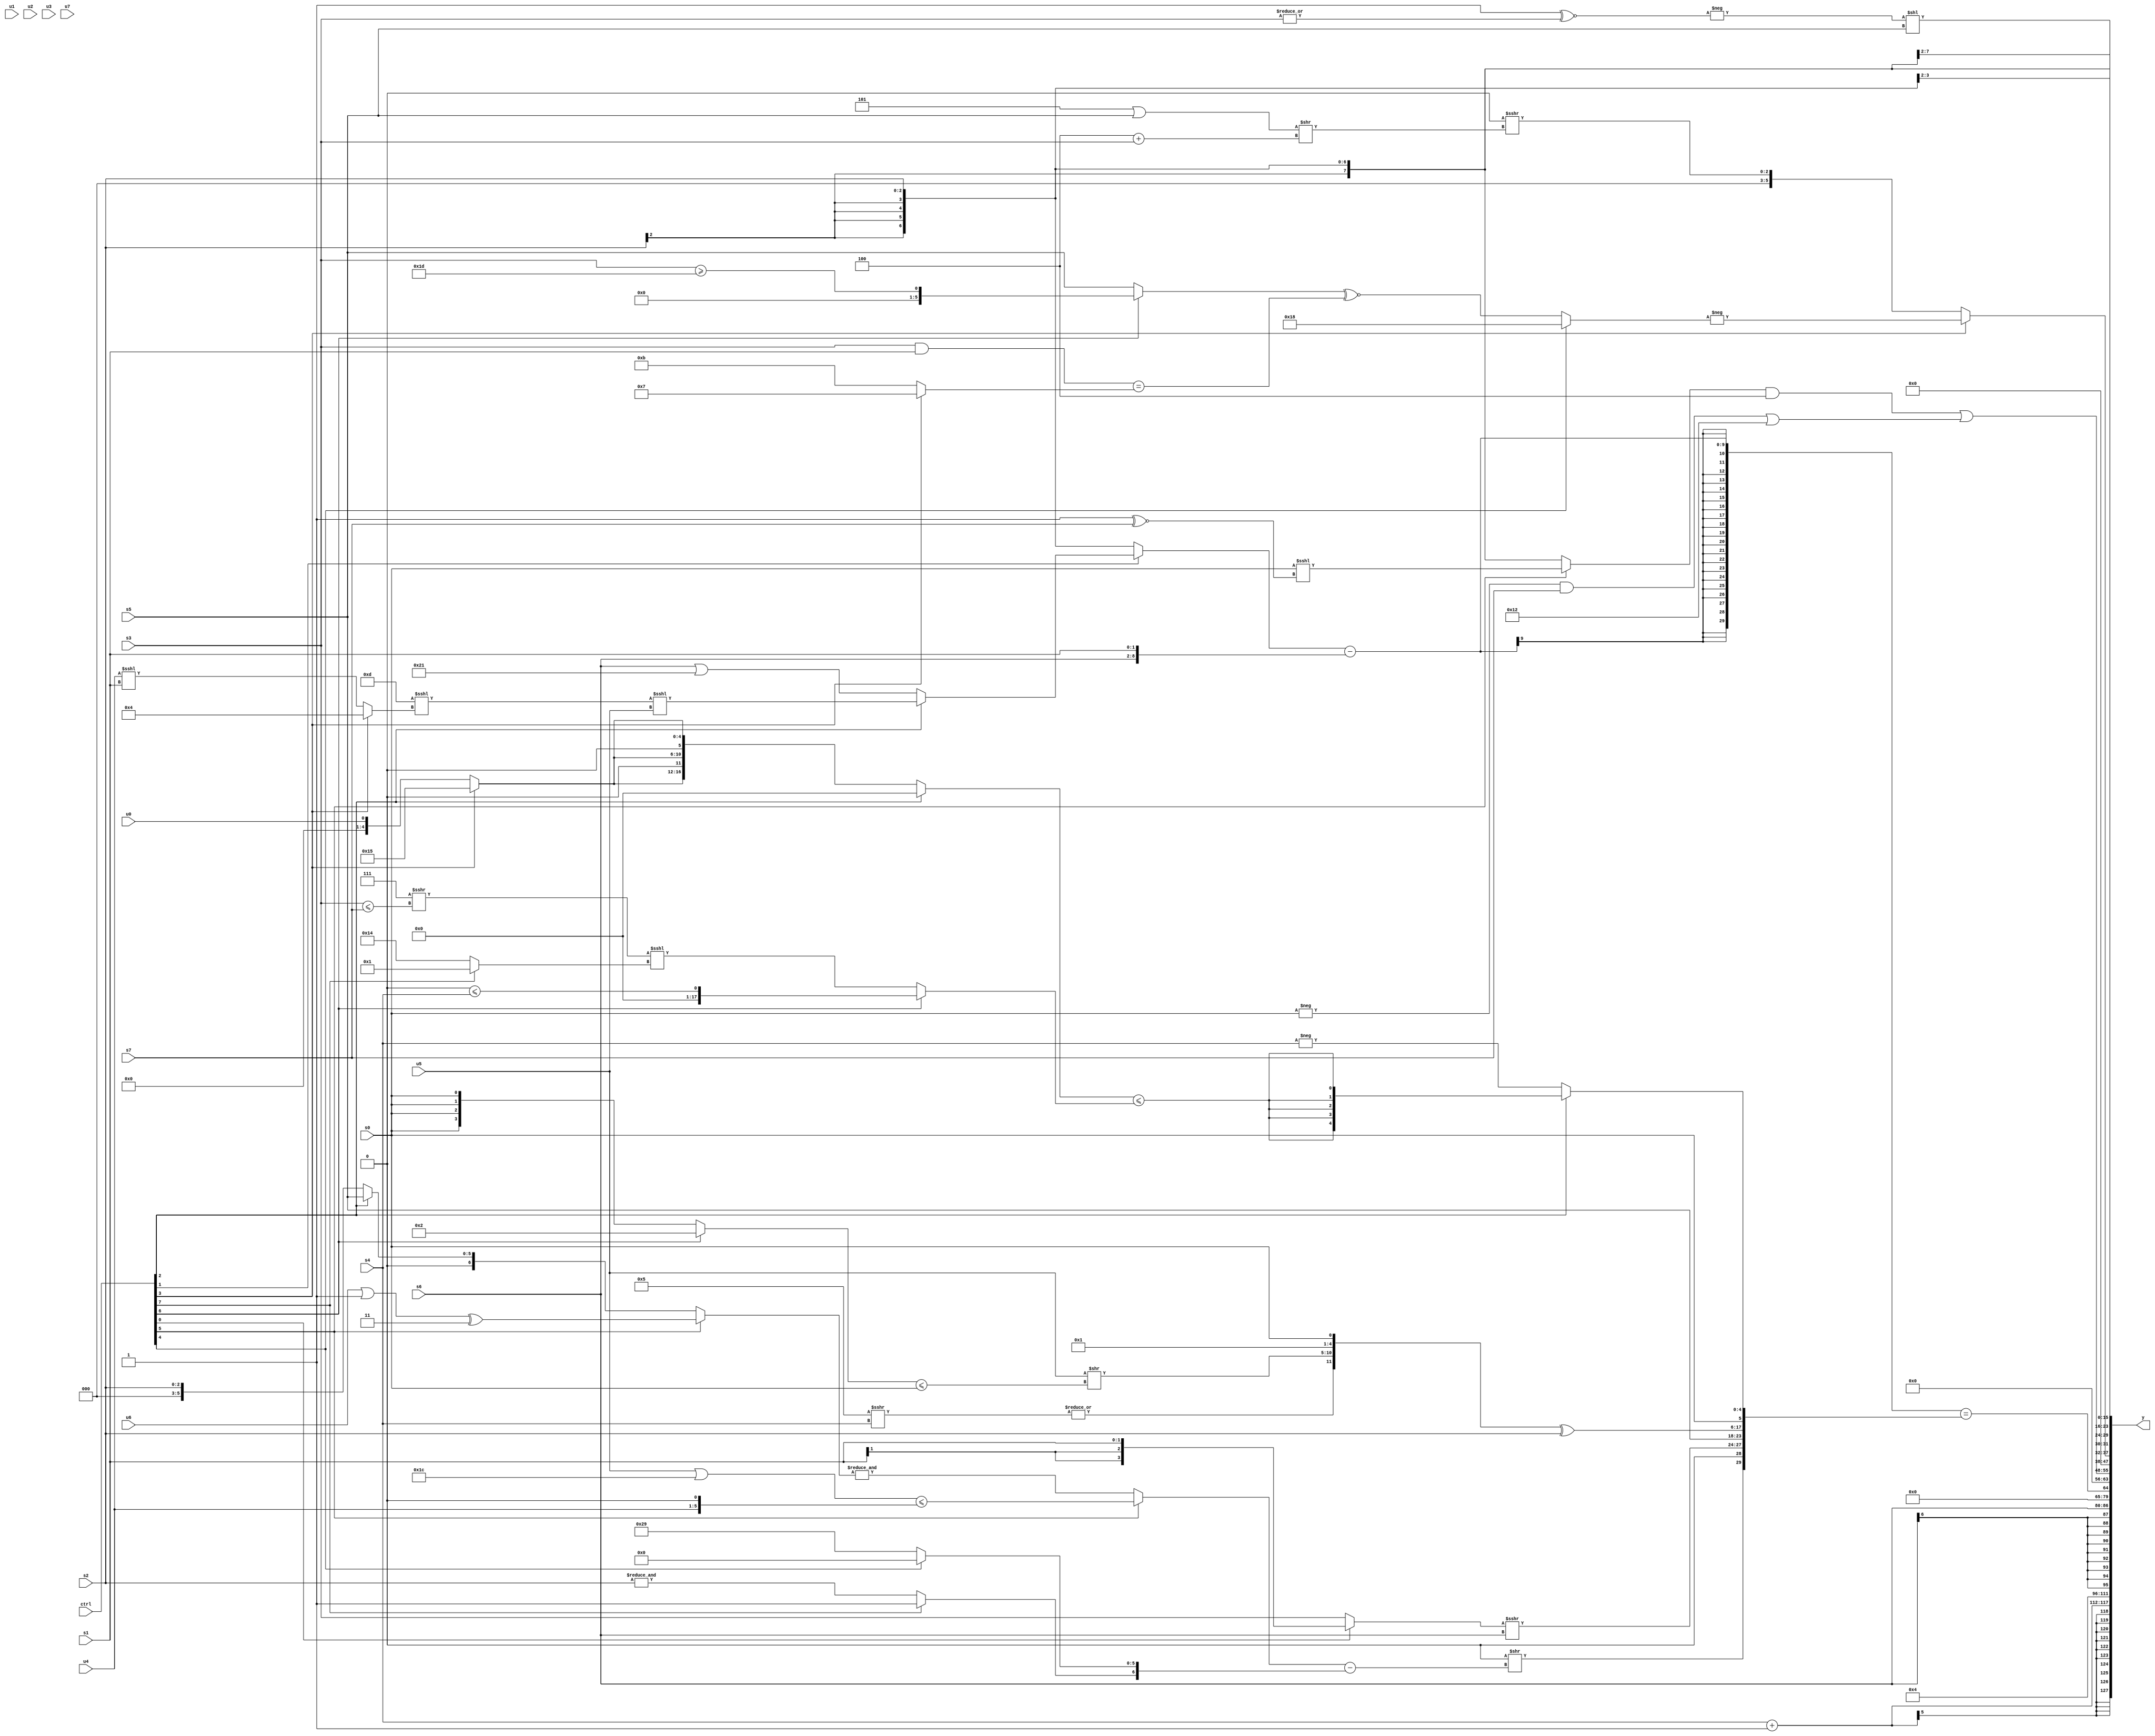
module wideexpr_00957(ctrl, u0, u1, u2, u3, u4, u5, u6, u7, s0, s1, s2, s3, s4, s5, s6, s7, y);
  input [7:0] ctrl;
  input [0:0] u0;
  input [1:0] u1;
  input [2:0] u2;
  input [3:0] u3;
  input [4:0] u4;
  input [5:0] u5;
  input [6:0] u6;
  input [7:0] u7;
  input signed [0:0] s0;
  input signed [1:0] s1;
  input signed [2:0] s2;
  input signed [3:0] s3;
  input signed [4:0] s4;
  input signed [5:0] s5;
  input signed [6:0] s6;
  input signed [7:0] s7;
  output [127:0] y;
  wire [15:0] y0;
  wire [15:0] y1;
  wire [15:0] y2;
  wire [15:0] y3;
  wire [15:0] y4;
  wire [15:0] y5;
  wire [15:0] y6;
  wire [15:0] y7;
  assign y = {y0,y1,y2,y3,y4,y5,y6,y7};
  assign y0 = (s4)+(($signed(((1'sb1)>>(6'sb011111))-(-($unsigned(3'sb110)))))-(4'sb1111));
  assign y1 = $signed($signed(+(5'sb00100)));
  assign y2 = s6;
  assign y3 = (($unsigned((ctrl[1]?(ctrl[2]?(($signed(6'sb001101))<<<((ctrl[3]?$signed(4'sb0100):(u4)<<<(s1))))<<<(u5):(((ctrl[3]?s6:s6))>>>(((ctrl[6]?4'sb0000:s1))>>(4'sb1011)))|(6'sb100001)):s2)))-({s6,{s1}}))==({({($signed((s5)<({1{u1}})))>>(6'sb101110)})>>(((ctrl[5]?$unsigned(+(((u5)|(5'b11100))<=((u4)<<<(1'sb1)))):&((ctrl[5]?((u6)|(1'sb1))^(4'sb0011):+((ctrl[2]?s5:s2))))))-({$signed((ctrl[7]?{$signed(1'sb1)}:&(s2))),(ctrl[4]?+((1'sb0)>>>((s5)<<<(4'sb1111))):(1'sb1)-((6'sb101101)>>(2'sb01)))})),$signed(1'sb0),{((ctrl[0]?s1:s3))>>>(s6),s5,(({|((4'sb0101)>>>(s4)),(u5)>>(((ctrl[6]?4'sb0010:s0))<=($signed(s0))),-(4'sb1111),$signed(+(s0))})<<<(+((4'sb0110)>>>(4'sb1111))))^($signed(s2)),s0},(ctrl[2]?$signed(((ctrl[2]?$signed(1'b0):$signed({3{(ctrl[3]?6'sb010101:u0)}})))<=((ctrl[6]?($signed((5'b10101)<=(1'b1)))<=(s4):((5'sb00111)>>>((s3)<=(s7)))<<<((ctrl[7]?2'sb01:6'sb010100))))):-(s4))});
  assign y4 = $unsigned((((ctrl[5]?($signed(s0))<<<((3'sb111)^~(s7)):s2))&(3'sb100))|(((-($signed(s0)))&(s7))|(5'sb10010)));
  assign y5 = (ctrl[3]?{-((ctrl[4]?5'sb11000:((ctrl[6]?(s3)>=(6'sb011101):{s5}))^~(((s3)&(s1))==((ctrl[3]?4'sb0111:4'sb1011)))))}:$unsigned(+((-((3'b100)<<<(6'sb001111)))>>>(((4'sb1101)|(s5))>>((3'sb100)+($signed(s3)))))));
  assign y6 = s2;
  assign y7 = (-(($signed(3'b111))^~($signed({1{|($signed(s3))}}))))<<(s5);
endmodule